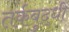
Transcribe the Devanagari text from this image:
तर्कबुद्धी